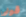
قولى